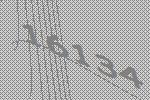
16134